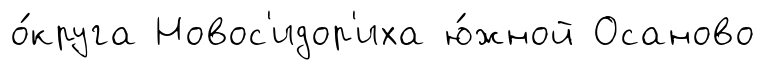
о́круга Новос'идор'иха ю́жной Осаново